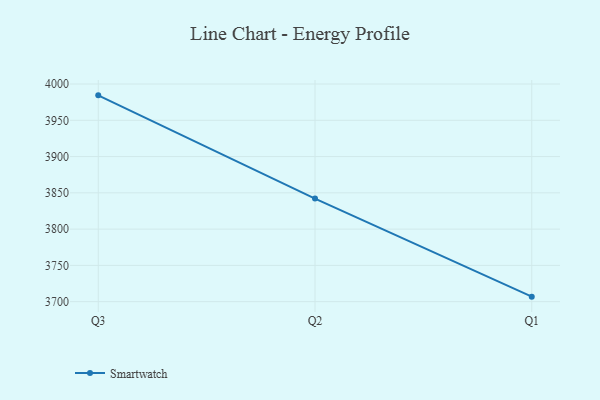
{"axis": {"x": "Quarter", "y": "Production Output"}, "legend": ["Smartwatch"], "data": [{"x": "Q3", "y": 3984.4, "type": "Smartwatch"}, {"x": "Q2", "y": 3842.1, "type": "Smartwatch"}, {"x": "Q1", "y": 3706.9, "type": "Smartwatch"}]}